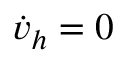
\dot { v } _ { h } = 0